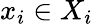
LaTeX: x_{i}\in X_{i}